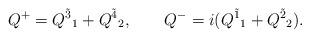
LaTeX: \begin{align*}Q^{+}=Q^{\tilde 3}{}_1+Q^{\tilde 4}{}_2,\qquad Q^{-}=i(Q^{\tilde 1}{}_1+Q^{\tilde 2}{}_2).\end{align*}